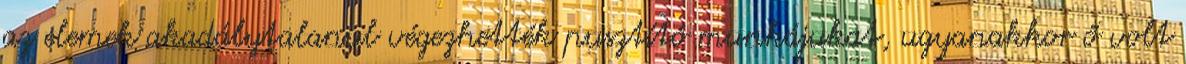
az elemek akadálytalanul végezhették pusztító munkájukat, ugyanakkor ő volt